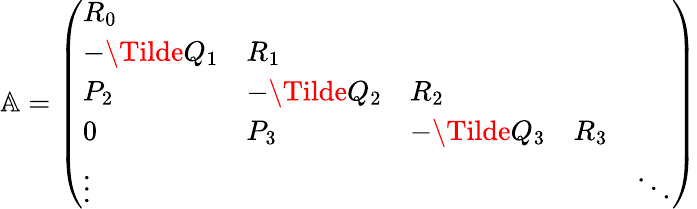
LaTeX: \begin{array}{r}{\mathbb{A}=\left(\begin{array}{lllll}{R_{0}}&{}&{}&{}&{}\\ {-\Tilde{Q}_{1}}&{R_{1}}&{}&{}&{}\\ {P_{2}}&{-\Tilde{Q}_{2}}&{R_{2}}&{}\\ {0}&{P_{3}}&{-\Tilde{Q}_{3}}&{R_{3}}&{}\\ {\vdots}&{}&{}&{}&{\ddots}\end{array}\right)}\end{array}